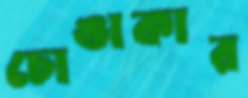
চোঙাকার